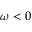
\omega < 0